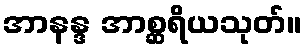
အာနန္ဒ အာစ္ဆရိယသုတ်။